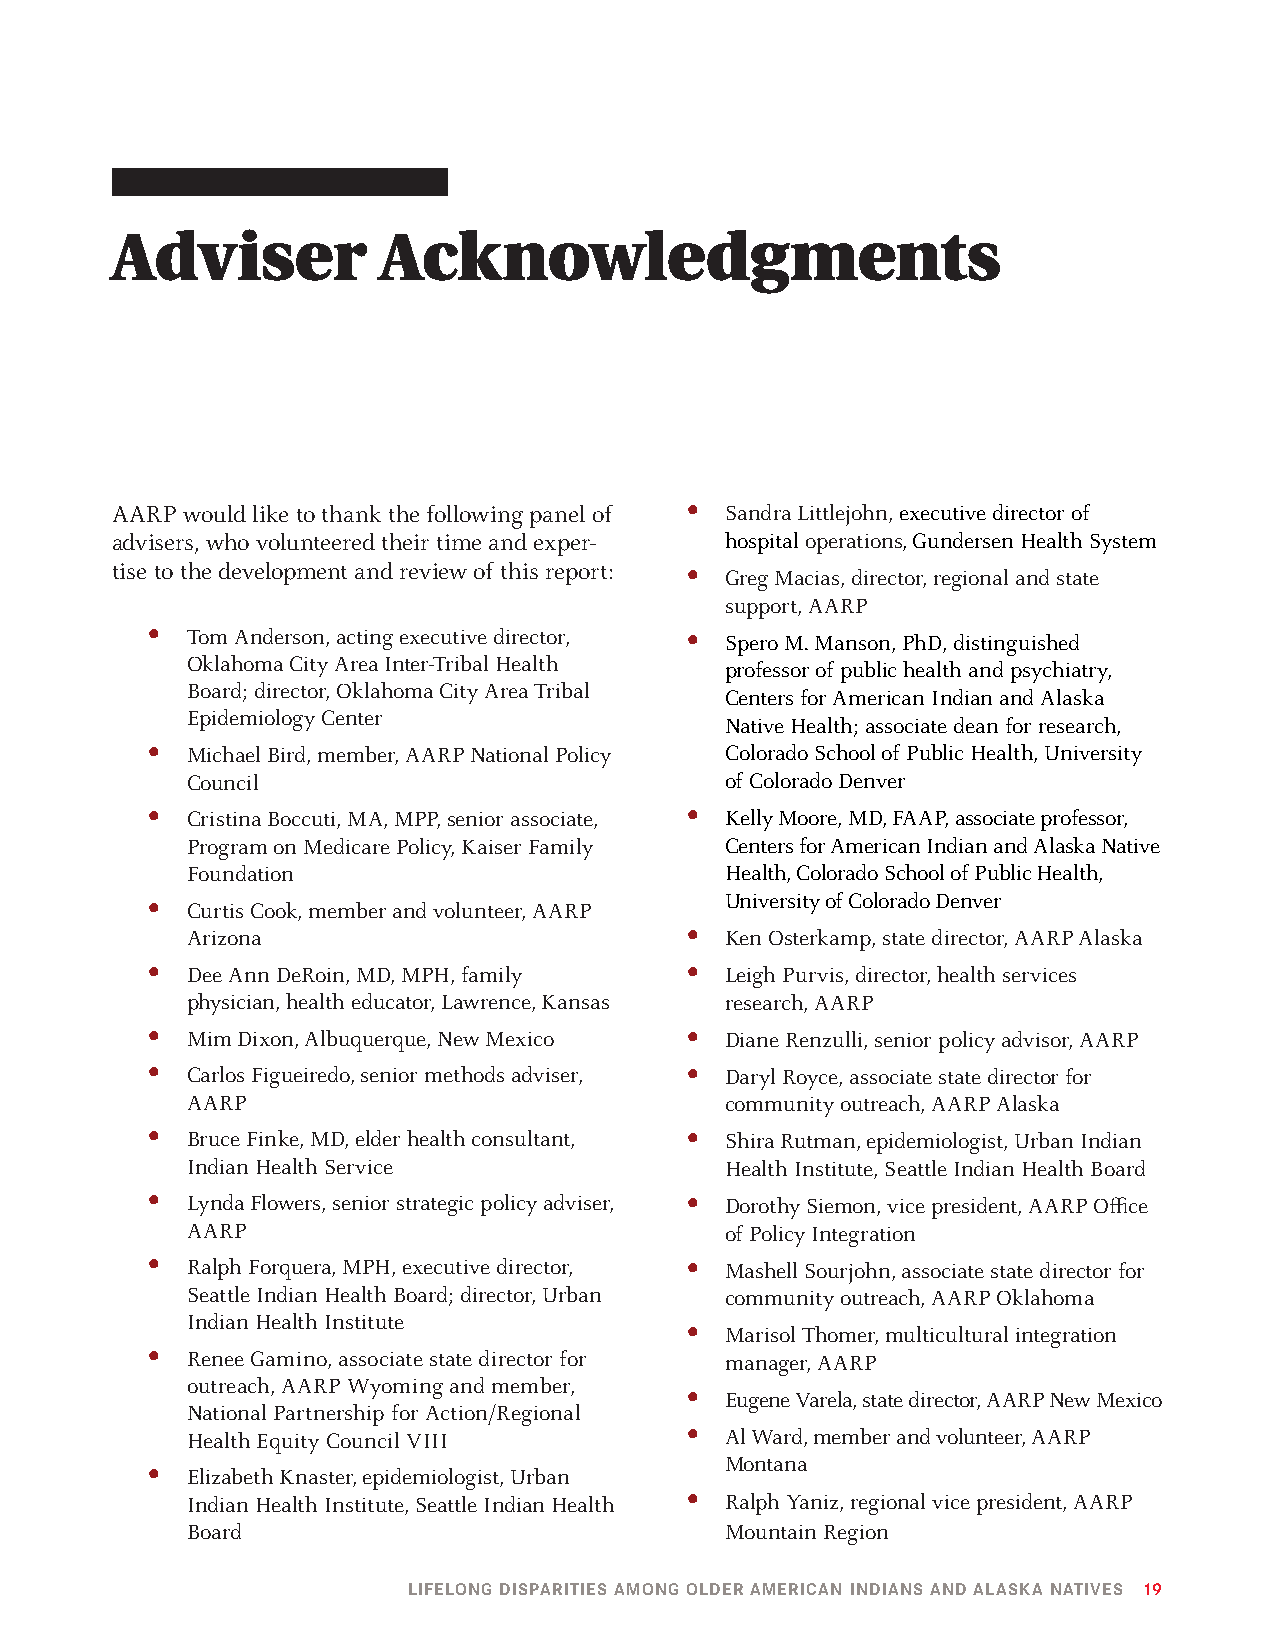
Adviser           Acknowledgments
 AARP would like to thank the following panel of • Sandra Littlejohn, executive director of
 advisers, who volunteered their time and exper- hospital operations, Gundersen Health System
 tise to the development and review of this report: • Greg Macias, director, regional and state
 support, AARP
 • Tom Anderson, acting executive director, • Spero M. Manson, PhD, distinguished
 Oklahoma City Area Inter-Tribal Health
 professor of public health and psychiatry,
 Board; director, Oklahoma City Area Tribal
 Centers for American Indian and Alaska
 Epidemiology Center
 Native Health; associate dean for research,
 • Michael Bird, member, AARP National Policy Colorado School of Public Health, University
 Council                             of Colorado Denver
 • Cristina Boccuti, MA, MPP, senior associate, • Kelly Moore, MD, FAAP, associate professor,
 Program on Medicare Policy, Kaiser Family Centers for American Indian and Alaska Native
 Foundation                          Health, Colorado School of Public Health,
 • Curtis Cook, member and volunteer, AARP University of Colorado Denver
 Arizona                           • Ken Osterkamp, state director, AARP Alaska
 • Dee Ann DeRoin, MD, MPH, family   • Leigh Purvis, director, health services
 physician, health educator, Lawrence, Kansas research, AARP
 • Mim Dixon, Albuquerque, New Mexico • Diane Renzulli, senior policy advisor, AARP
 • Carlos Figueiredo, senior methods adviser, • Daryl Royce, associate state director for
 AARP                                community outreach, AARP Alaska
 • Bruce Finke, MD, elder health consultant, • Shira Rutman, epidemiologist, Urban Indian
 Indian Health Service               Health Institute, Seattle Indian Health Board
 • Lynda Flowers, senior strategic policy adviser, • Dorothy Siemon, vice president, AARP Office
 AARP                                of Policy Integration
 • Ralph Forquera, MPH, executive director, • Mashell Sourjohn, associate state director for
 Seattle Indian Health Board; director, Urban community outreach, AARP Oklahoma
 Indian Health Institute
 • Marisol Thomer, multicultural integration
 • Renee Gamino, associate state director for manager, AARP
 outreach, AARP Wyoming and member,
 • Eugene Varela, state director, AARP New Mexico
 National Partnership for Action/Regional
 Health Equity Council VIII        • Al Ward, member and volunteer, AARP
 Montana
 • Elizabeth Knaster, epidemiologist, Urban
 Indian Health Institute, Seattle Indian Health • Ralph Yaniz, regional vice president, AARP
 Board                               Mountain Region
 LIFELONG DISPARITIES AMONG OLDER AMERICAN INDIANS AND ALASKA NATIVES 19